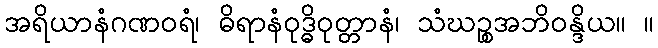
အရိယာနံဂဏဝရံ၊ ဓိရာနံဝုဒ္ဓိဝုတ္တာနံ၊ သံဃဉ္စအဘိဝန္ဒိယ။ ။